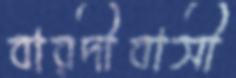
বারদীবাসী